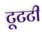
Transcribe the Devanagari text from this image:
टूटटी